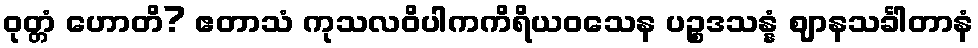
ဝုတ္တံ ဟောတိ? ဧတာသံ ကုသလဝိပါကကိရိယဝသေန ပဉ္စဒသန္နံ ဈာနသင်္ခါတာနံ